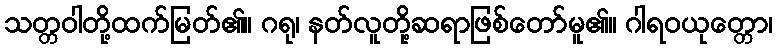
သတ္တဝါတို့ထက်မြတ်၏။ ဂရု၊ နတ်လူတို့ဆရာဖြစ်တော်မူ၏။ ဂါရဝယုတ္တော၊